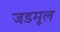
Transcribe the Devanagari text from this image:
जडमूल